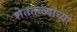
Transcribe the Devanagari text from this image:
शेततळ्यांच्या